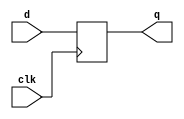
`timescale 1ns/1ns

// John W. (EECS151)

// Register of D-Type Flip-flops
module REGISTER(q, d, clk);
  parameter N = 1;
  output reg [N-1:0] q;
  input [N-1:0]      d;
  input 	     clk;
  initial q = {N{1'b0}};
  always @(posedge clk)
    q <= d;
endmodule // REGISTER

// Register with clock enable
module REGISTER_CE(q, d, ce, clk);
  parameter N = 1;
  output reg [N-1:0] q;
  input [N-1:0]      d;
  input 	      ce, clk;
  initial q = {N{1'b0}};
  always @(posedge clk)
    if (ce) q <= d;
endmodule // REGISTER_CE

// Register with reset value
module REGISTER_R(q, d, rst, clk);
  parameter N = 1;
  parameter INIT = {N{1'b0}};
  output reg [N-1:0] q;
  input [N-1:0]      d;
  input 	      rst, clk;
  initial q = INIT;
  always @(posedge clk)
    if (rst) q <= INIT;
    else q <= d;
endmodule // REGISTER_R

// Register with reset and clock enable
//  Reset works independently of clock enable
module REGISTER_R_CE(q, d, rst, ce, clk);
  parameter N = 1;
  parameter INIT = {N{1'b0}};
  output reg [N-1:0] q;
  input [N-1:0]      d;
  input 	      rst, ce, clk;
  initial q = INIT;
  always @(posedge clk)
    if (rst) q <= INIT;
    else if (ce) q <= d;
endmodule // REGISTER_R_CE